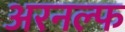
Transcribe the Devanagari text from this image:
अरनल्फ